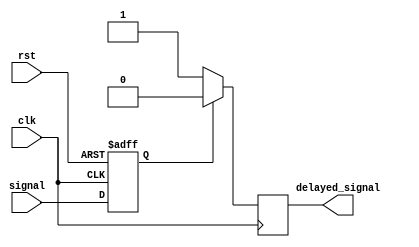
module timing_control_and_sync (
   input wire clk,
   input wire rst,
   input wire signal,
   output reg delayed_signal
);

reg sync_signal;

always @(posedge clk or posedge rst) begin
   if (rst) begin
      sync_signal <= 1'b0;
   end else begin
      sync_signal <= signal;
   end
end

always @(posedge clk) begin
   if (sync_signal) begin
      delayed_signal <= 1'b0;
   end else begin
      delayed_signal <= 1'b1;
   end
end

endmodule